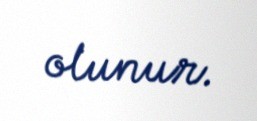
olunur.